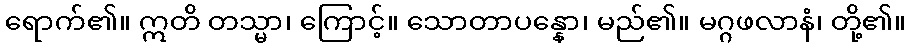
ရောက်၏။ ဣတိ တသ္မာ၊ ကြောင့်။ သောတာပန္နော၊ မည်၏။ မဂ္ဂဖလာနံ၊ တို့၏။